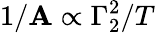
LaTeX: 1/\mathbf{A}\propto{\Gamma_{2}^{2}}/{T}